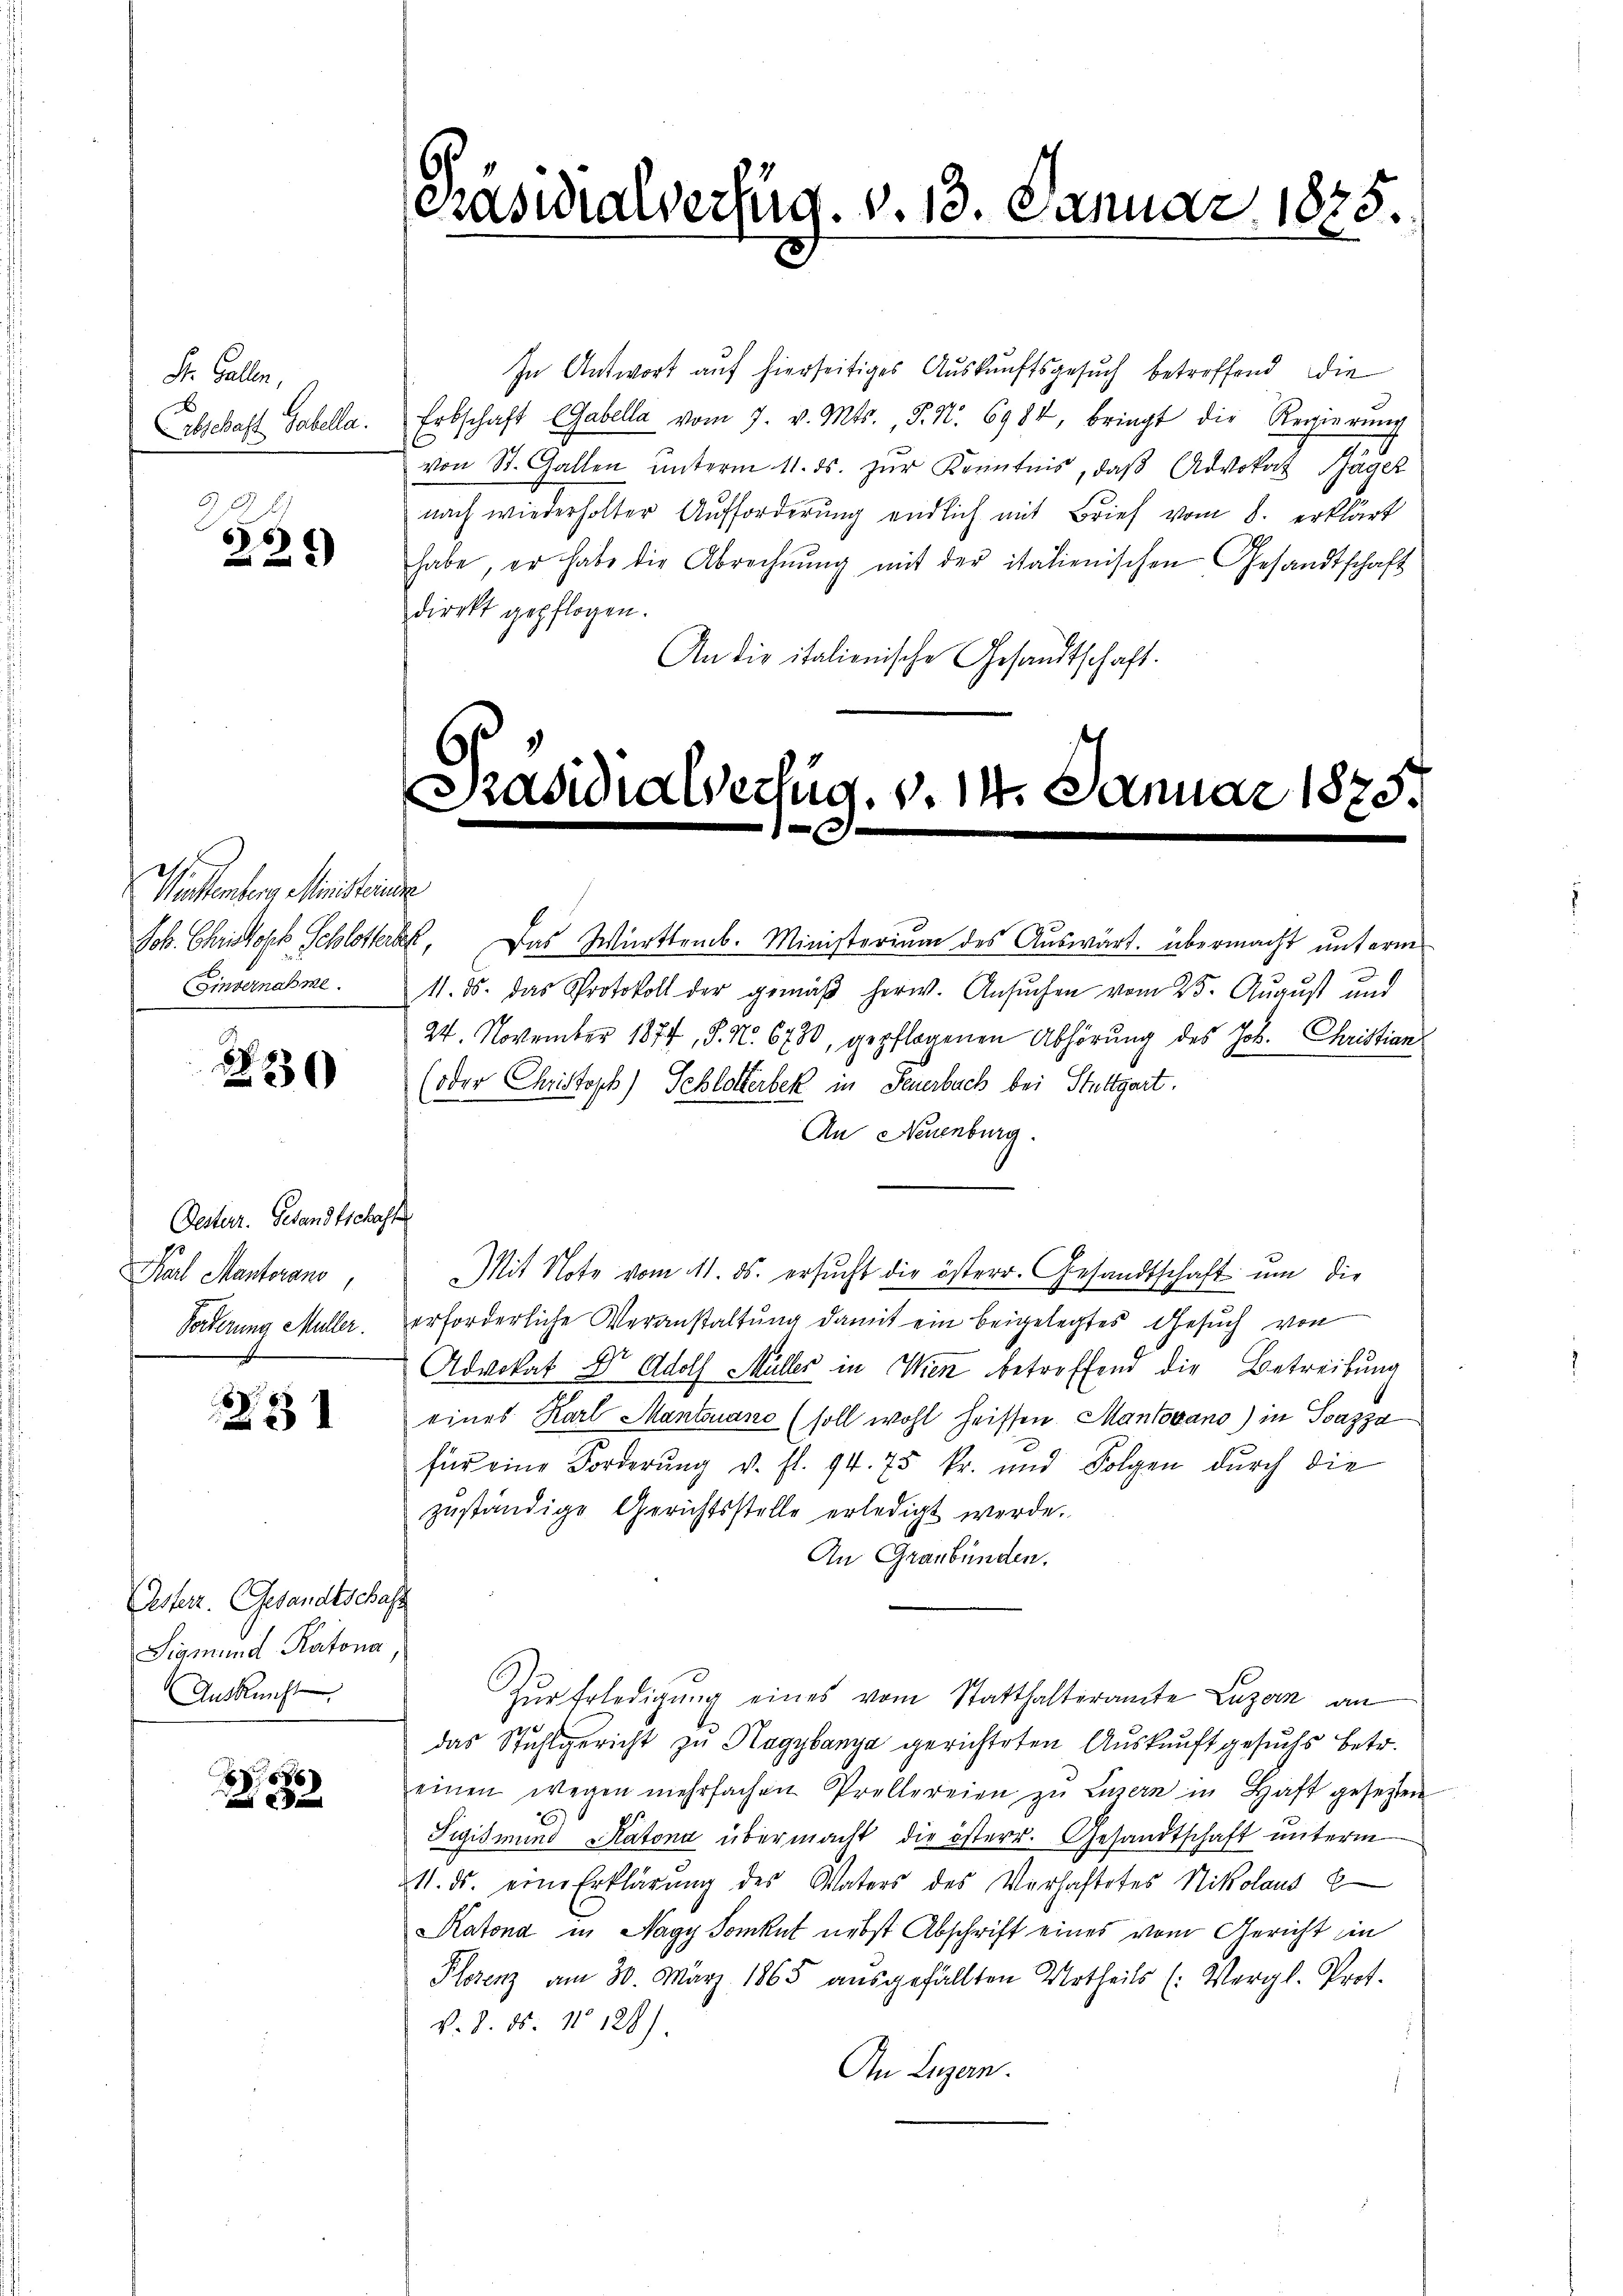
St. Gallen,

Z. B.
225)

Minstenberg, Ministrie
Job. Christoph Schlotter
Einvernahme.

230)

Desterr. Gesandtschaffe
Karl Manterens,
Forderung Müller.

Z 31

Esterz. Gesandtschaft
Sigmund Kantona,
Ansucht

8

In Antwort auf hierseitiges Auskunftsgesuch betreffend die
Abschaft Gabella. Erbschaft (Gabella vom 7. v. Mts., S. Nr. 6984, bringt die Regierŭng
von St. Gallen ŭnterm 11. ds. zŭr Kenntnis, daβ Advokat Häger
nach wiederholter Aufforderung endlich mit Brief vom 8. erklärt
habe, er habe die Abrechnŭng mit der italienischen Gesandtschaft
direkt gepflogen.
An die italienische Gesandtschaft.

Präsidialverfüg. v. 13. Januar 1875.
d

Präsidia Wertig. v. 14. Januar 1875.
e

kk. Das Württemb. Ministerium des Auswärt. übermacht unterm
1. ds. das Protokoll der gemäβ herw. Ansŭchen vom 25. August und
24. November 1874, S. Nr. 6730, gepflogenen Abhörung des Joh. Christian
(oder Christoph) Schlotterbek in Feuerbach bei Stuttgart.
An Neuenburg.
Mit Note vom 11. ds. ersucht die österr. Gesandtschaft um die
erforderliche Veranstaltung damit ein beigelegtes Gesuch von
Advokat Dr. Adolf Müller in Wien betreffend die Betreibung
eines Karl Mantonane (soll wohl heissen. Mantovano) in Pazza
für eine Forderung v. fl. 94. 75 kr. und Folgen durch die
zŭständige Gerichtsstelle erledigt werde.
An Graubünden.
Zŭr Erledigŭng eines vom Statthalteramte Luzern an
das Stuhlgericht zu Hagybanya gerichteten Auskunft gesuchs betr.
einen wegen mehrfachen Prellereien zŭ Luzern in Haft gesetzten
Tigismund Katona übermacht die österr. Gesandtschaft unterm
21. ds. eine Erklärung des Vaters des Verhaftetes Nikolaus E
Katona in Nagy Somkut nebst Abschrift eines vom Gericht in
Plorenz am 30. März 1865 aŭsgefällten Urtheils (: Vergl. Prot.
v. 8. ds. No 128).
An Luzern.